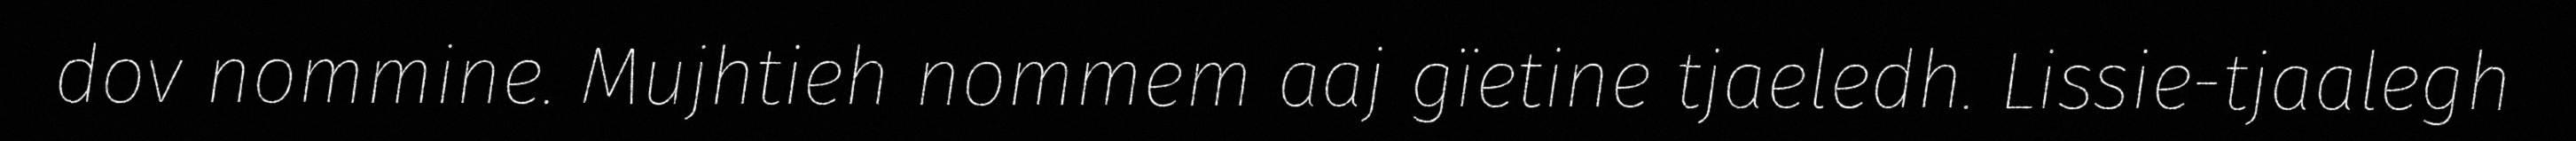
dov nommine. Mujhtieh nommem aaj gïetine tjaeledh. Lissie-tjaalegh